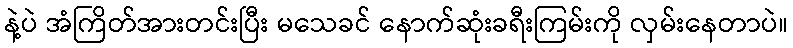
နဲ့ပဲ အံကြိတ်အားတင်းပြီး မသေခင် နောက်ဆုံးခရီးကြမ်းကို လှမ်းနေတာပဲ။